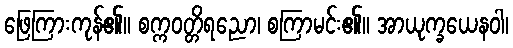
ဖြေကြားကုန်၏။ စက္ကဝတ္တိရညော၊ စကြာမင်း၏။ အာယုက္ခယေနဝါ၊